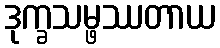
ဒုက္ခသမ္ဖဿတာယ